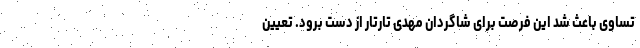
تساوی باعث شد این فرصت برای شاگردان مهدی تارتار از دست برود. تعیین